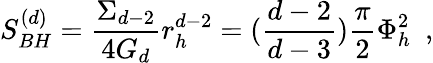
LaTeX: S_{BH}^{(d)}={\frac{\Sigma_{d-2}}{4G_{d}}}r_{h}^{d-2}=({\frac{d-2}{d-3}}){\frac{\pi}{2}}\Phi_{h}^{2}~~,